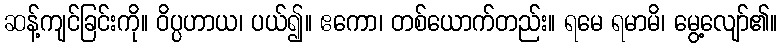
ဆန့်ကျင်ခြင်းကို။ ဝိပ္ပဟာယ၊ ပယ်၍။ ဧကော၊ တစ်ယောက်တည်း။ ရမေ ရမာမိ၊ မွေ့လျော်၏။